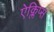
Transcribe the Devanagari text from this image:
ऐक्लिप्स